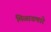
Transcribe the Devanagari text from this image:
मिळावणारे